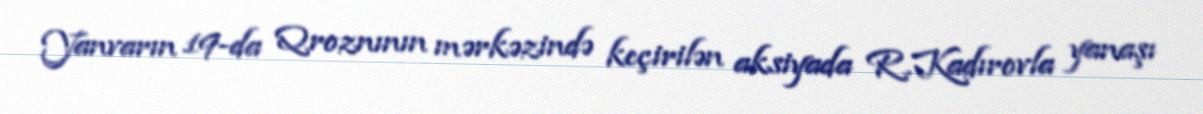
Yanvarın 19-da Qroznının mərkəzində keçirilən aksiyada R.Kadırovla yanaşı